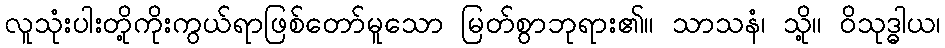
လူသုံးပါးတို့ကိုးကွယ်ရာဖြစ်တော်မူသော မြတ်စွာဘုရား၏။ သာသနံ၊ သို့။ ဝိသုဒ္ဓါယ၊